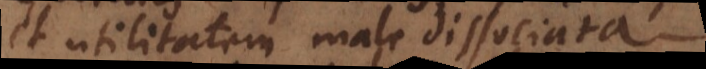
et utilitatem male dissociata